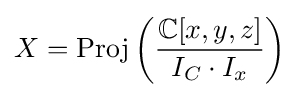
X={\text{Proj}}\left({\frac {\mathbb {C} [x,y,z]}{I_{C}\cdot I_{x}}}\right)